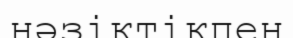
нәзіктікпен